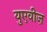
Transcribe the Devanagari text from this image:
युएवीज़